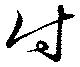
付